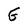
Character: G